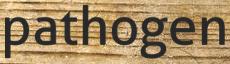
pathogen